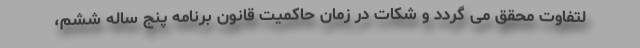
لتفاوت محقق می گردد و شکات در زمان حاکمیت قانون برنامه پنج ساله ششم،